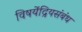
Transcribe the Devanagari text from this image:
विषयेंद्रियसंबंध